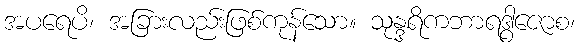
အပရေပိ၊ အခြားလည်းဖြစ်ကုန်သော။ သုန္ဒရိကဘာရဒွါဇောစ၊